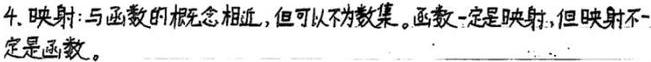
4. 映射：与函数的概念相近，但可以不为数集。函数一定是映射，但映射不一定是函数。